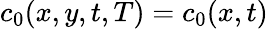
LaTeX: c_{0}(x,y,t,T)=c_{0}(x,t)